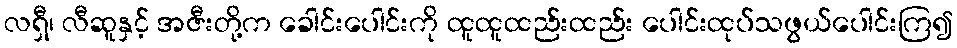
လရှီ၊ လီဆူနှင့် အဇီးတို့က ခေါင်းပေါင်းကို ထူထူထည်းထည်း ပေါင်းထုပ်သဖွယ်ပေါင်းကြ၍